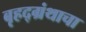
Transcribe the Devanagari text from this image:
बृहद्ग्रंथाचा